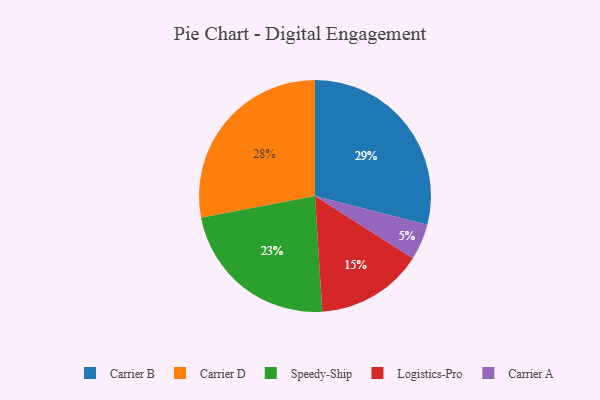
{"axis": {"x": "Category", "y": "Percentage"}, "legend": ["Carrier A", "Carrier B", "Carrier D", "Logistics-Pro", "Speedy-Ship"], "data": [{"x": "Carrier D", "y": 28, "type": "Carrier D"}, {"x": "Carrier A", "y": 5, "type": "Carrier A"}, {"x": "Logistics-Pro", "y": 15, "type": "Logistics-Pro"}, {"x": "Speedy-Ship", "y": 23, "type": "Speedy-Ship"}, {"x": "Carrier B", "y": 29, "type": "Carrier B"}]}